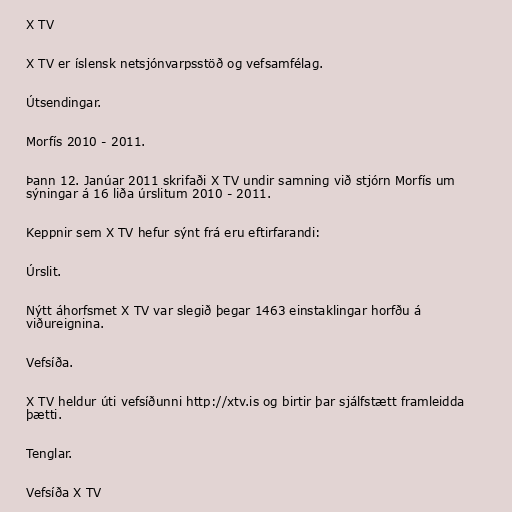
X TV

X TV er íslensk netsjónvarpsstöð og vefsamfélag.

Útsendingar.

Morfís 2010 - 2011.

Þann 12. Janúar 2011 skrifaði X TV undir samning við stjórn Morfís um
sýningar á 16 liða úrslitum 2010 - 2011.

Keppnir sem X TV hefur sýnt frá eru eftirfarandi:

Úrslit.

Nýtt áhorfsmet X TV var slegið þegar 1463 einstaklingar horfðu á
viðureignina.

Vefsíða.

X TV heldur úti vefsíðunni http://xtv.is og birtir þar sjálfstætt framleidda
þætti.

Tenglar.

Vefsíða X TV